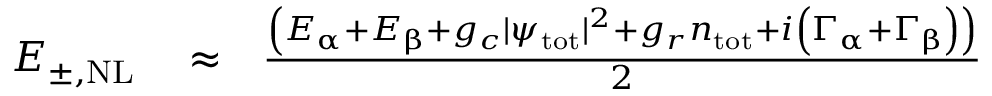
\begin{array} { r l r } { E _ { \pm , \mathrm { N L } } } & { { } \approx } & { \frac { \left( E _ { \upalpha } + E _ { \upbeta } + g _ { c } | \psi _ { \mathrm { t o t } } | ^ { 2 } + g _ { r } n _ { \mathrm { t o t } } + i \left( \Gamma _ { \upalpha } + \Gamma _ { \upbeta } \right) \right) } { 2 } } \end{array}